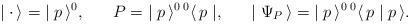
LaTeX: \begin{align*}\mid {\bf \cdot} \, \rangle = \; \mid p\, \rangle^0, \; \; \; \; \; \;P = \; \mid p \, \rangle^{0 \; 0}\langle \, p \mid, \; \; \; \; \; \; \mid \Psi_P \, \rangle = \; \mid p \, \rangle^{0 \; 0}\langle \, p \mid p \, \rangle. \end{align*}